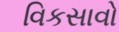
વિકસાવો